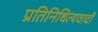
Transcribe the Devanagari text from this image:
प्रतिनिधित्यवादी